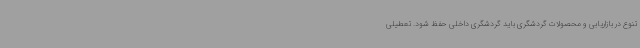
تنوع در بازاریابی و محصولات گردشگری باید گردشگری داخلی حفظ شود. تعطیلی